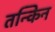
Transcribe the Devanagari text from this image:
तन्किन